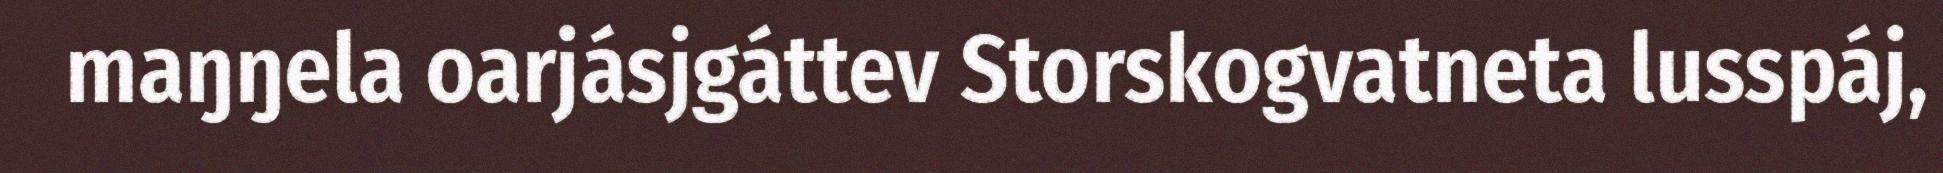
maŋŋela oarjásjgáttev Storskogvatneta lusspáj,